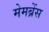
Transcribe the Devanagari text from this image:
मेमब्रेंस